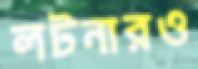
লটনারও